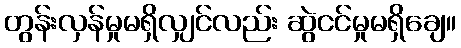
တွန်းလှန်မှုမရှိလျှင်လည်း ဆွဲငင်မှုမရှိချေ။